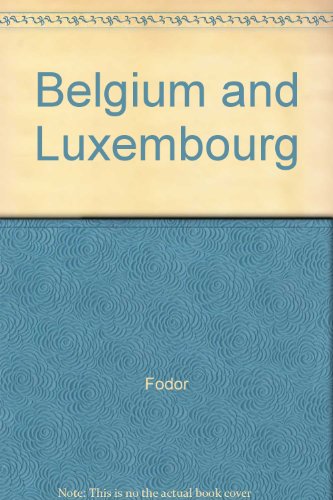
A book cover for Belgium and Luxembourg; Fodor; Travel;